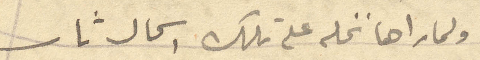
ولما راها نخله على تلك الحال ثار